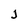
Character: j